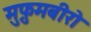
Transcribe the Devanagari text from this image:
मुफ़ुमबीरो